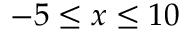
- 5 \leq x \leq 1 0